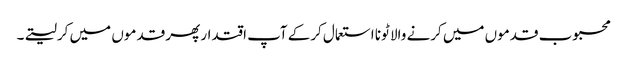
محبوب قدموں میں کرنے والا ٹونا استعمال کرکے آپ اقتدار پھر قدموں میں کرلیتے۔